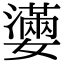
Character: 𡣩